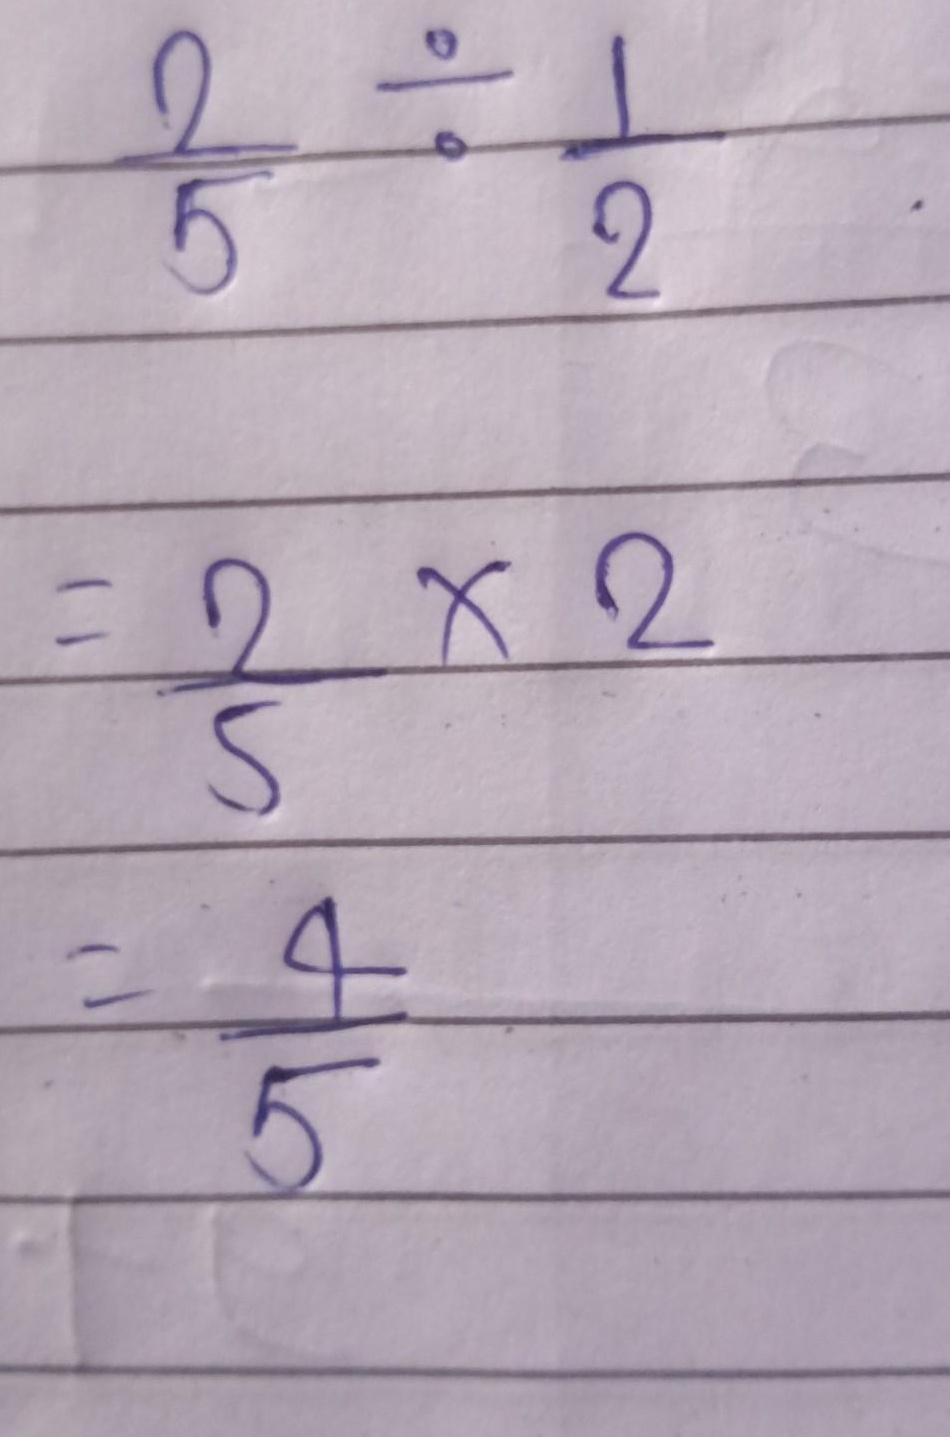
\[
\begin{align*}
\frac{2}{5}\div\frac{1}{2}&=\frac{2}{5}\times2\\
&=\frac{4}{5}
\end{align*}
\]